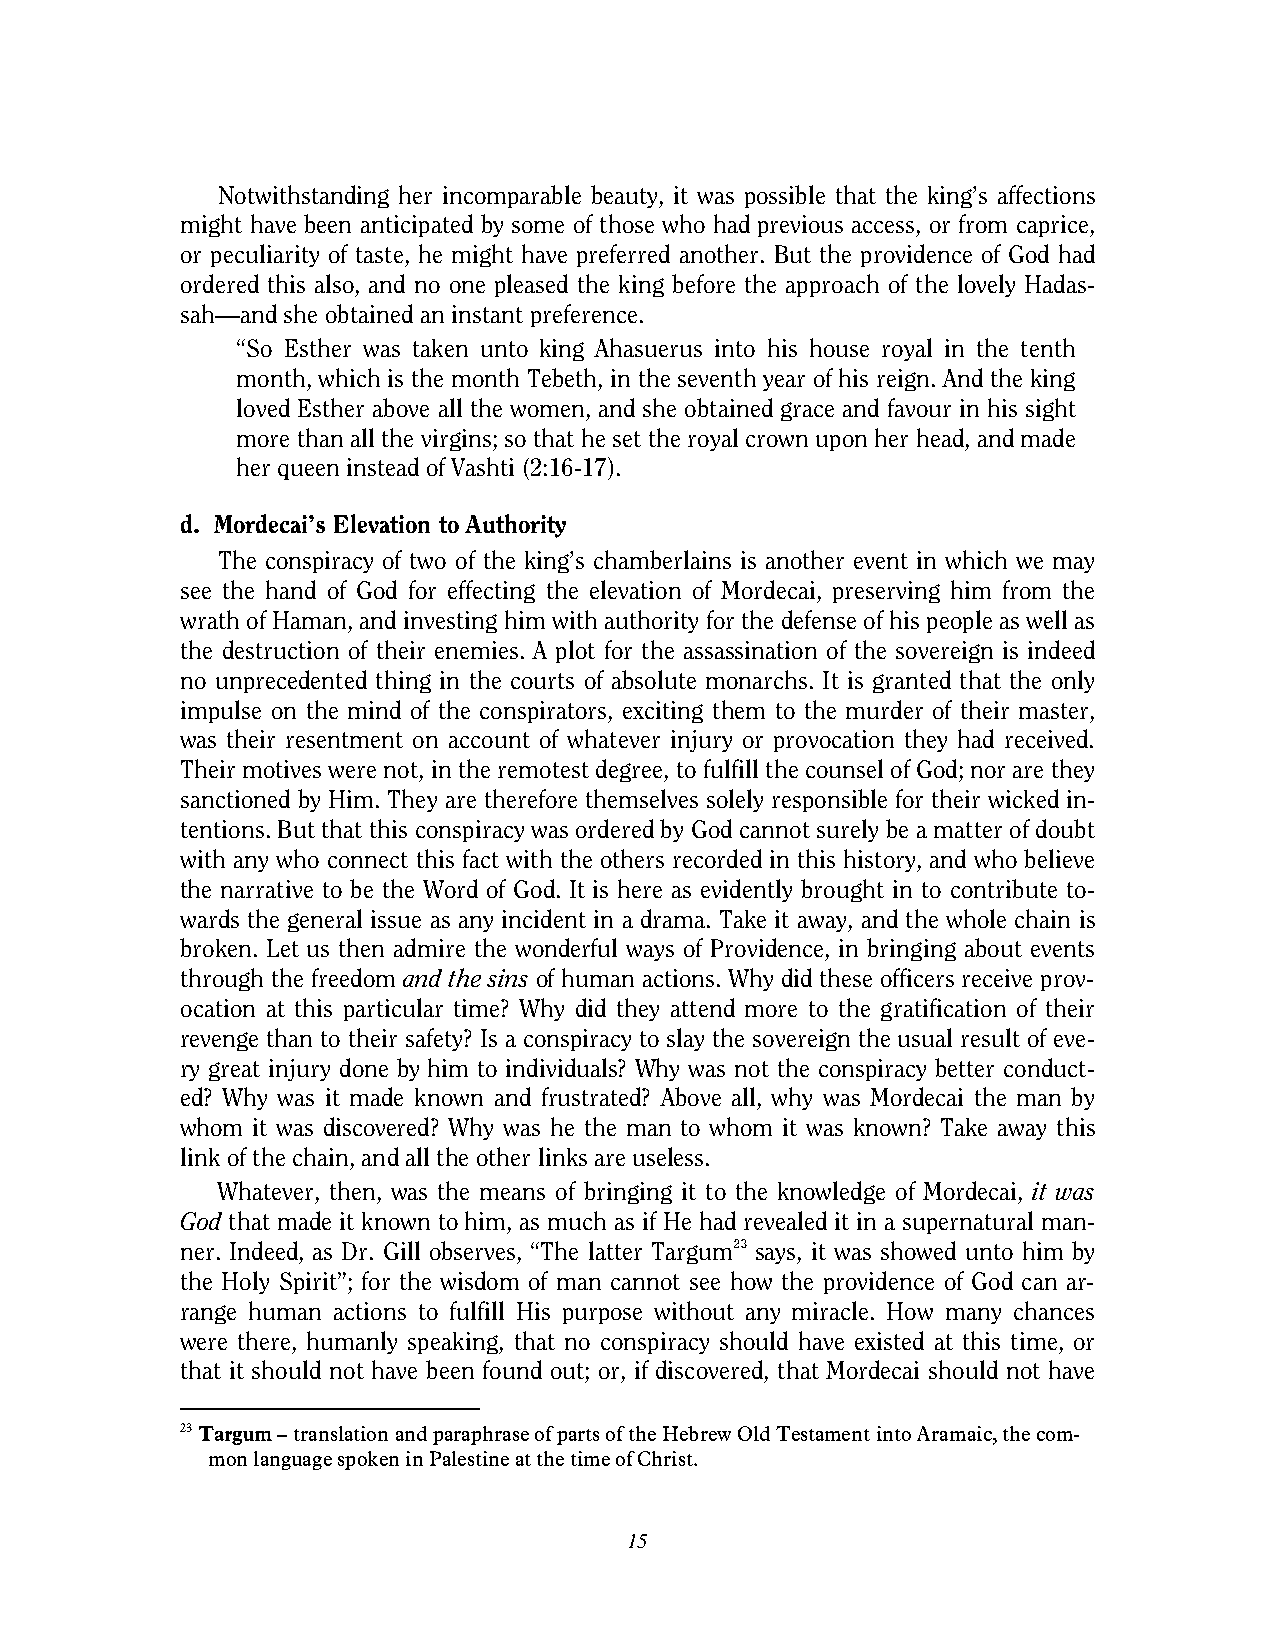
Notwithstanding her incomparable beauty, it was possible that the king’s affections
 might have been anticipated by some of those who had previous access, or from caprice,
 or peculiarity of taste, he might have preferred another. But the providence of God had
 ordered this also, and no one pleased the king before the approach of the lovely Hadas-
 sah—and she obtained an instant preference.
 “So Esther was taken unto king Ahasuerus into his house royal in the tenth
 month, which is the month Tebeth, in the seventh year of his reign. And the king
 loved Esther above all the women, and she obtained grace and favour in his sight
 more than all the virgins; so that he set the royal crown upon her head, and made
 her queen instead of Vashti (2:16-17).
 d. Mordecai’s Elevation to Authority
 The conspiracy of two of the king’s chamberlains is another event in which we may
 see the hand of God for effecting the elevation of Mordecai, preserving him from the
 wrath of Haman, and investing him with authority for the defense of his people as well as
 the destruction of their enemies. A plot for the assassination of the sovereign is indeed
 no unprecedented thing in the courts of absolute monarchs. It is granted that the only
 impulse on the mind of the conspirators, exciting them to the murder of their master,
 was their resentment on account of whatever injury or provocation they had received.
 Their motives were not, in the remotest degree, to fulfill the counsel of God; nor are they
 sanctioned by Him. They are therefore themselves solely responsible for their wicked in-
 tentions. But that this conspiracy was ordered by God cannot surely be a matter of doubt
 with any who connect this fact with the others recorded in this history, and who believe
 the narrative to be the Word of God. It is here as evidently brought in to contribute to-
 wards the general issue as any incident in a drama. Take it away, and the whole chain is
 broken. Let us then admire the wonderful ways of Providence, in bringing about events
 through the freedom and the sins of human actions. Why did these officers receive prov-
 ocation at this particular time? Why did they attend more to the gratification of their
 revenge than to their safety? Is a conspiracy to slay the sovereign the usual result of eve-
 ry great injury done by him to individuals? Why was not the conspiracy better conduct-
 ed? Why was it made known and frustrated? Above all, why was Mordecai the man by
 whom it was discovered? Why was he the man to whom it was known? Take away this
 link of the chain, and all the other links are useless.
 Whatever, then, was the means of bringing it to the knowledge of Mordecai, it was
 God that made it known to him, as much as if He had revealed it in a supernatural man-
 ner. Indeed, as Dr. Gill observes, “The latter Targum23 says, it was showed unto him by
 the Holy Spirit”; for the wisdom of man cannot see how the providence of God can ar-
 range human actions to fulfill His purpose without any miracle. How many chances
 were there, humanly speaking, that no conspiracy should have existed at this time, or
 that it should not have been found out; or, if discovered, that Mordecai should not have
 23 Targum – translation and paraphrase of parts of the Hebrew Old Testament into Aramaic, the com-
 mon language spoken in Palestine at the time of Christ.
 15